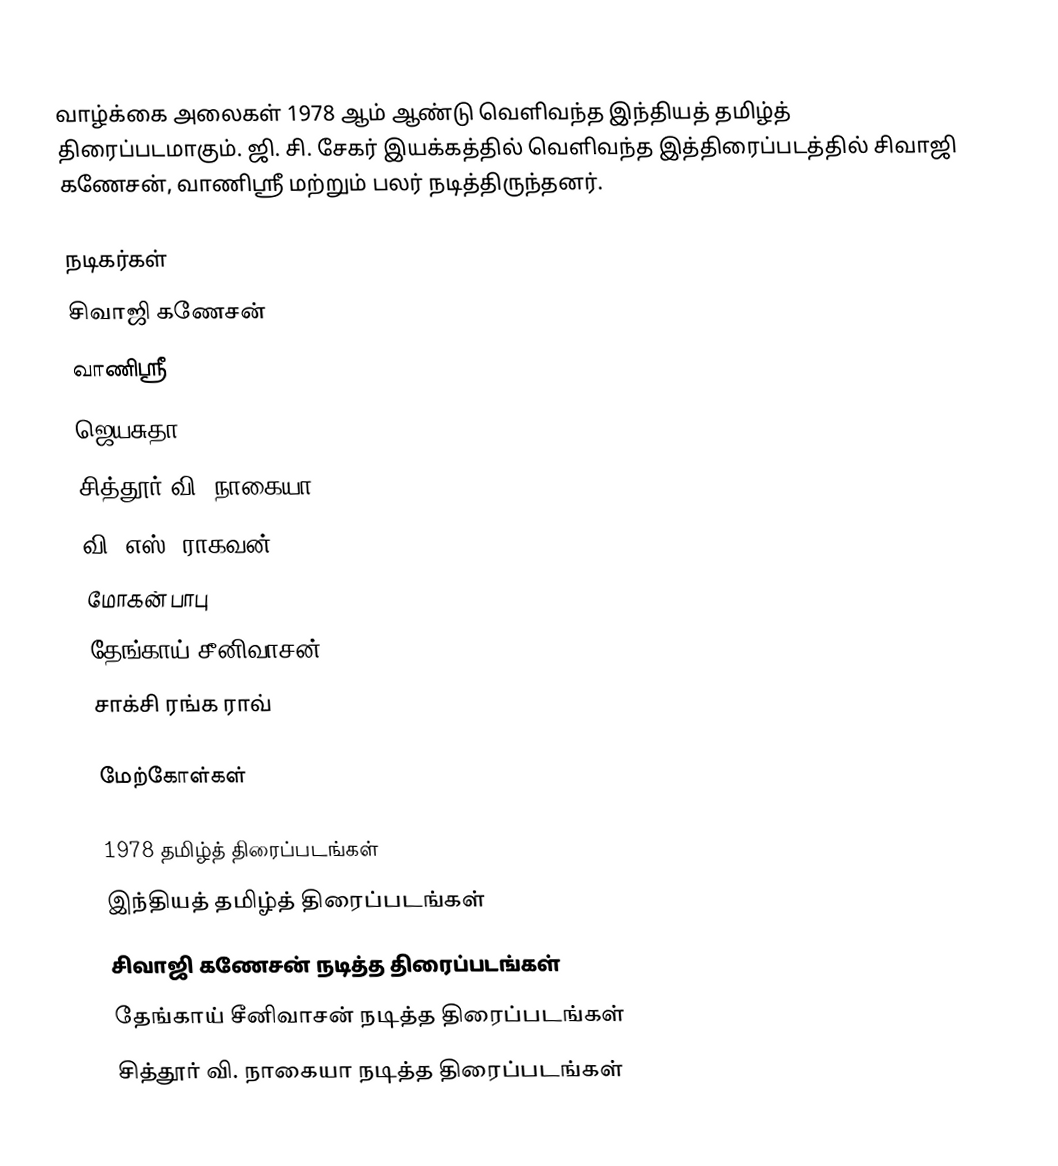
வாழ்க்கை அலைகள் 1978 ஆம் ஆண்டு வெளிவந்த இந்தியத் தமிழ்த் திரைப்படமாகும். ஜி. சி. சேகர் இயக்கத்தில் வெளிவந்த இத்திரைப்படத்தில் சிவாஜி கணேசன், வாணிஸ்ரீ மற்றும் பலர் நடித்திருந்தனர்.

நடிகர்கள்
 சிவாஜி கணேசன்
 வாணிஸ்ரீ
 ஜெயசுதா
 சித்தூர் வி. நாகையா
 வி. எஸ். ராகவன்
 மோகன் பாபு
 தேங்காய் சீனிவாசன்
 சாக்சி ரங்க ராவ்

மேற்கோள்கள்

1978 தமிழ்த் திரைப்படங்கள்
இந்தியத் தமிழ்த் திரைப்படங்கள்
சிவாஜி கணேசன் நடித்த திரைப்படங்கள்
தேங்காய் சீனிவாசன் நடித்த திரைப்படங்கள்
சித்தூர் வி. நாகையா நடித்த திரைப்படங்கள்